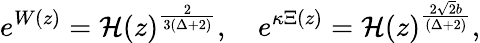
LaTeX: e^{W(z)}={\cal H}(z)^{\frac{2}{3(\Delta+2)}},\quad e^{\kappa\Xi(z)}={\cal H}(z)^{\frac{2\sqrt{2}b}{(\Delta+2)}},